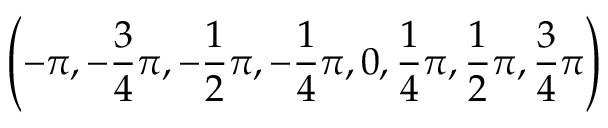
\left( - \pi , - \frac { 3 } { 4 } \pi , - \frac { 1 } { 2 } \pi , - \frac { 1 } { 4 } \pi , 0 , \frac { 1 } { 4 } \pi , \frac { 1 } { 2 } \pi , \frac { 3 } { 4 } \pi \right)